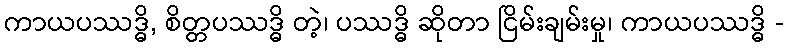
ကာယပဿဒ္ဓိ, စိတ္တပဿဒ္ဓိ တဲ့၊ ပဿဒ္ဓိ ဆိုတာ ငြိမ်းချမ်းမှု၊ ကာယပဿဒ္ဓိ -